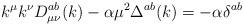
LaTeX: \begin{align*}k^\mu k^\nu D_{\mu \nu }^{ab}(k)-\alpha \mu ^2\Delta ^{ab}(k)=-\alpha \delta^{ab}\end{align*}